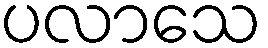
ပလာသေ